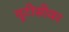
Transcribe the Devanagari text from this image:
यूटीसीवर